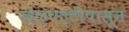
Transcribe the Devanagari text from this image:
खेळपट्टीपासून